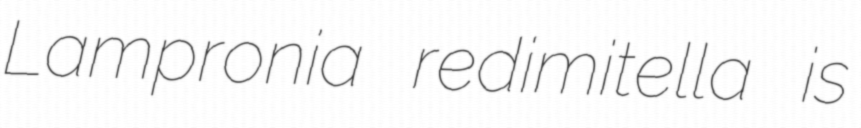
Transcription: Lampronia redimitella is